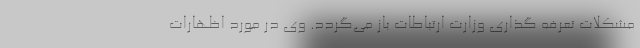
مشکلات تعرفه گذاری وزارت ارتباطات باز می‌گردد. وی در مورد اظهارات